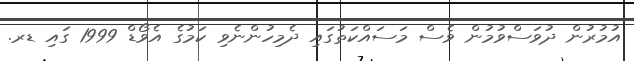
އުމުރުން ދުވަސްވުމުން ވެސް މަސައްކަތުގައި ދެމިހުންނެވި ކަމުގެ އެވޯޑް 1999 ގައި ޑރ.